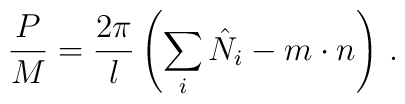
\frac{P}{M}=\frac{2\pi }{l}\left(\sum _{i}\hat{N}_{i}-m\cdot n\right)\,.